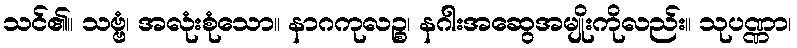
သင်၏။ သဗ္ဗံ၊ အလုံးစုံသော။ နာဂကုလဉ္စ၊ နဂါးအဆွေအမျိုးကိုလည်း။ သုပဏ္ဏာ၊